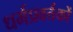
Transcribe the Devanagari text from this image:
धर्मप्रवर्त्तकों